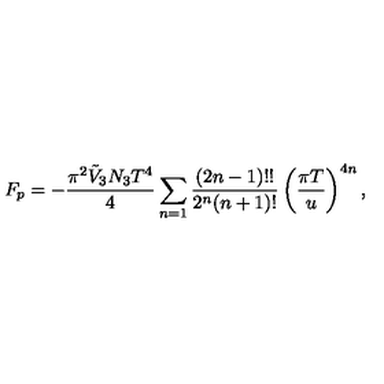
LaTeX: F _ { p } = - \frac { \pi ^ { 2 } \tilde { V } _ { 3 } N _ { 3 } T ^ { 4 } } { 4 } \sum _ { n = 1 } \frac { ( 2 n - 1 ) ! ! } { 2 ^ { n } ( n + 1 ) ! } \left( \frac { \pi T } { u } \right) ^ { 4 n } ,